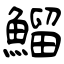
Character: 鰡